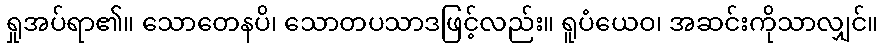
ရှုအပ်ရာ၏။ သောတေနပိ၊ သောတပသာဒဖြင့်လည်း။ ရူပံယေဝ၊ အဆင်းကိုသာလျှင်။